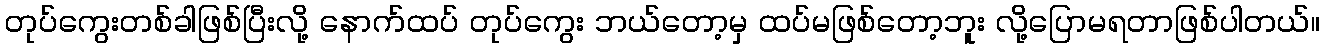
တုပ်ကွေးတစ်ခါဖြစ်ပြီးလို့ နောက်ထပ် တုပ်ကွေး ဘယ်တော့မှ ထပ်မဖြစ်တော့ဘူး လို့ပြောမရတာဖြစ်ပါတယ်။